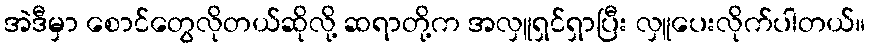
အဲဒီမှာ စောင်တွေလိုတယ်ဆိုလို့ ဆရာတို့က အလှူရှင်ရှာပြီး လှူပေးလိုက်ပါတယ်။